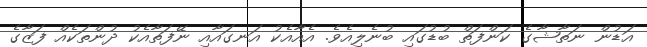
އަޑުން ނަތާޝާގެ ކަންފަތް ބުޑުގައި ބުނެލިއެވެ. އެއާއެކު އަނގައާއި ނޭފަތާއެކު ދުންތަކެއް ފަޒާގެ